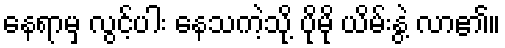
နေရာမှ လွင့်ပါး နေသကဲ့သို့ ပိုမို ယိမ်းနွဲ့ လာ၏။